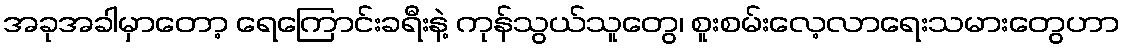
အခုအခါမှာတော့ ရေကြောင်းခရီးနဲ့ ကုန်သွယ်သူတွေ၊ စူးစမ်းလေ့လာရေးသမားတွေဟာ